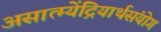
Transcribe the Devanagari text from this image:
असात्म्येंद्रियार्थसंयोग